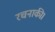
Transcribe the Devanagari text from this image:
रचनाकी।